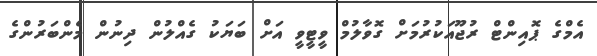
އެމްގެ ޕޮއިންޓް ރުޖޫއަކުރުމަށް ގޮވާލުމް ވީޓީވީ އަށް ބަޔަކު ގެއްލުން ދިނުން މެންބަރުންގެ